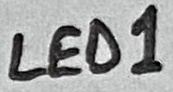
Text: LED1